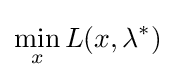
\min _{x}L(x,\lambda ^{*})